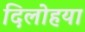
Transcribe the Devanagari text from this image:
दिलोहया